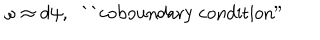
\omega \approx d \psi , \; \; \mathrm { ` ` c o b o u n d a r y ~ c o n d i t i o n " }